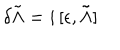
\delta \tilde { \Lambda } = i \, [ \epsilon , \tilde { \Lambda } ]